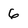
Character: 6